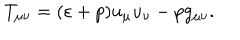
T _ { \mu \nu } = ( \varepsilon + p ) u _ { \mu } u _ { \nu } - p g _ { \mu \nu } .